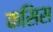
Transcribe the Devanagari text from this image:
कसिस